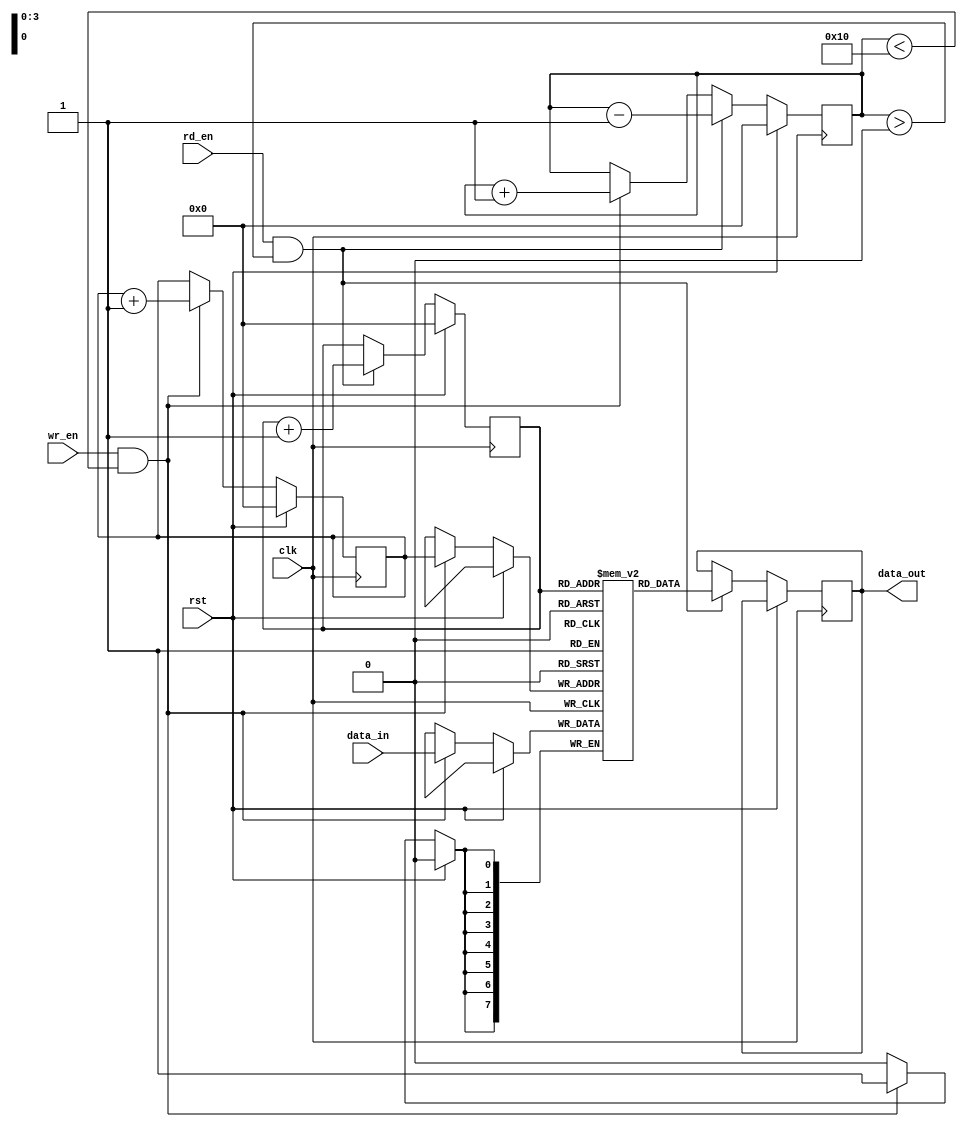
module LastWordFallThroughFIFO (
  input wire clk,
  input wire rst,
  input wire wr_en,
  input wire rd_en,
  input wire [DATA_WIDTH-1:0] data_in,
  output reg [DATA_WIDTH-1:0] data_out
);

parameter DEPTH = 16;
parameter DATA_WIDTH = 8;

reg [DATA_WIDTH-1:0] fifo [0:DEPTH-1];
reg [3:0] wr_ptr = 0;
reg [3:0] rd_ptr = 0;
reg [3:0] fifo_cnt = 0;

always @(posedge clk) begin
  if (rst) begin
    wr_ptr <= 0;
    rd_ptr <= 0;
    fifo_cnt <= 0;
  end else begin
    if (wr_en && fifo_cnt < DEPTH) begin
      fifo[wr_ptr] <= data_in;
      wr_ptr <= wr_ptr + 1;
      fifo_cnt <= fifo_cnt + 1;
    end
    if (rd_en && fifo_cnt > 0) begin
      data_out <= fifo[rd_ptr];
      rd_ptr <= rd_ptr + 1;
      fifo_cnt <= fifo_cnt - 1;
    end
  end
end

endmodule